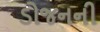
ડોજનની